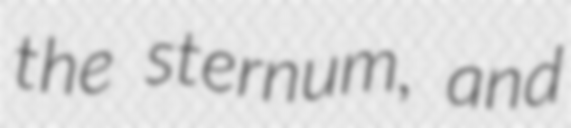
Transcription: the sternum, and